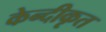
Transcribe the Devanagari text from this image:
केन्दीकृत